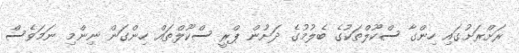
ރަށްރަށުގައި ހިންގާ ސްކޫލްތަކުގެ ބެލުމުުގެ ދަށުން ޕްރީ ސްކޫލްތައް ހިންގަން ނިންމި ނަމަވެސް